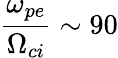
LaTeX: \frac{\omega_{pe}}{\Omega_{ci}}\sim 90